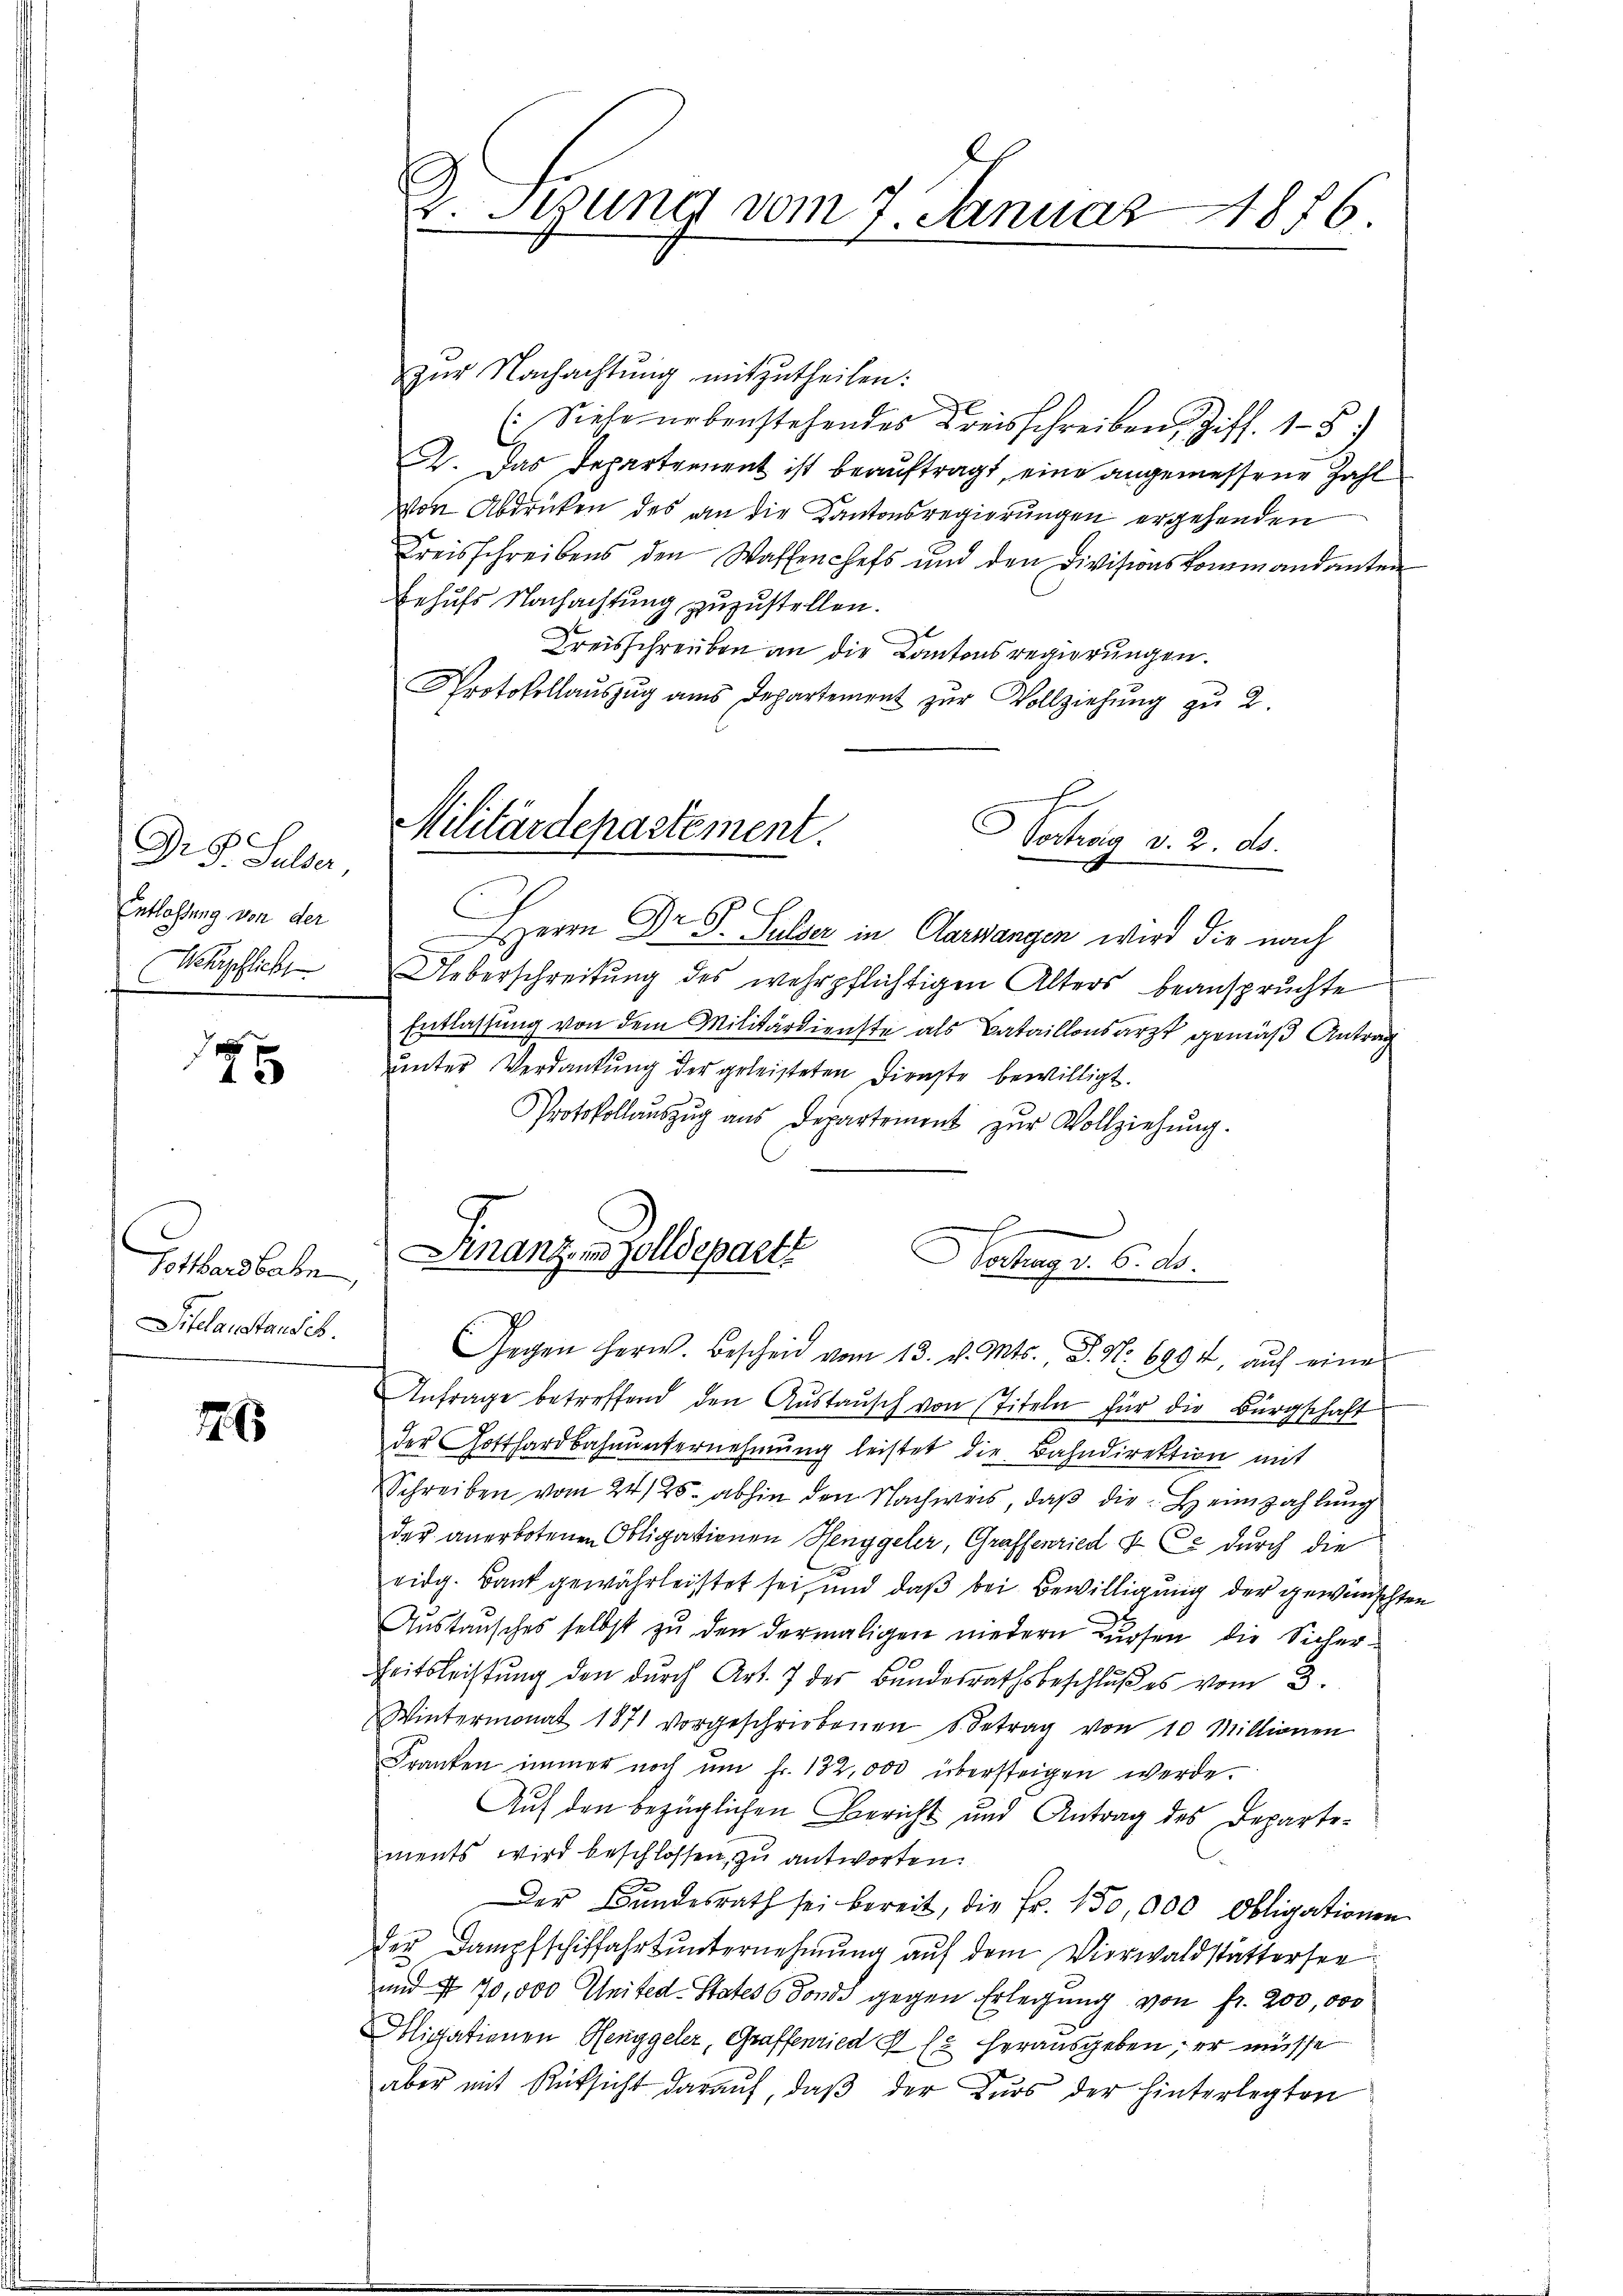
Drech
J. Gulder,
Entlassung von der
Wehrpfliche

7x

Potthardbahn,
Titelaustausch.

1765

D. Sitzung vom 7. Januar 1876.

zŭr Nachachtung mitzutheilen:
(Siehe nebenstehendes Kreisschreiben, Ziff. 18.
2. Das Departement ist beauftragt, eine angemessene Zahl
Von Abdrucken des an die Kantonsregierungen ergehenden
Kreisschreibens den Waffenchefs und den Divisionskommandanten
Behufs Nachachtung zuzustellen.
Kreisschreiben an die Kantonsregierungen.
Protokollaŭszŭg ans Departement zŭr Vollziehŭng zu 2.
Herrn Dr. S. Sulzer in Aarwangen wird die nach
Ueberschreitŭng des wehrpflichtigen Alters beanspruchte
Entlassung von dem Militärdienste als Bataillonsarzt gemäß Antrag
uunter Verdankung der geleisteten Dienste bewilligt.
Protokollaŭszŭg aŭs Departement zŭr Vollziehŭng.
Finanz in Zolldeparte
ahungs. 6. d.
Gegen Herw. Bescheid vom 13. v. Mts., S. Nr. 6494, aŭf eine
Anfrage betreffend den Aŭstaŭsch von Titeln für die Bürgschaft
der Gotthardbahnunternehmung leistet die Bahndirektion mit
Schreiben vom 24./25. abhin den Nachweis, daß die Heimzahlung
der anerbotenen Obligationen Henggeler, Graffenried v. Ce durch die
eidg. Bank gewährleistet sei, und daß bei Bewilligung der gewünschten
Austausches selbst zu den dermaligen niedern dürfen die Sicher¬
Zeitsleistung den durch Art. 7 der Bandesrathsbeschlußes vom 3.
Wintermonat 1871 vorgeschriebenen Betrag von 10 Millionen
Franken immer noch ŭm fr. 132,000 übersteigen werde.
Auf den bezüglichen Bericht und Antrag des Departements wird beschlossen, zu antworten.
Der Bundesrath sei bereit, die Fr. 150,000 Obligationen
der Dampfschiffahrt unternehmung auf dem Vierwaldstättersee
und § 70,000 United. States Fonds gegen Erlegung von fr. 200,000
Mligationen Henggeler, Graffenried  Er herausgeben, er müsse
aber mit Rücksicht darauf, daβ der Kurs der hinterlegten

Militärdepartement.
Vertrag v. 2. ds.

d